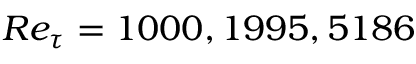
R e _ { \tau } = 1 0 0 0 , 1 9 9 5 , 5 1 8 6